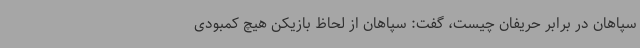
سپاهان در برابر حریفان چیست، گفت: سپاهان از لحاظ بازیکن هیچ کمبودی